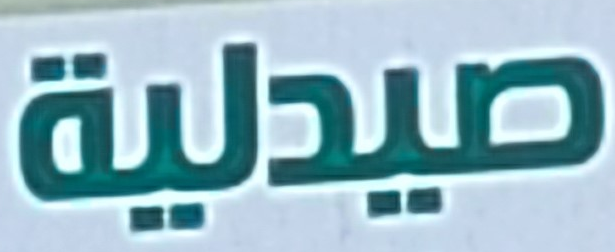
صيدلية